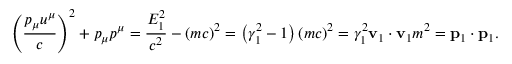
\left( { \frac { p _ { \mu } u ^ { \mu } } { c } } \right) ^ { 2 } + p _ { \mu } p ^ { \mu } = { \frac { E _ { 1 } ^ { 2 } } { c ^ { 2 } } } - ( m c ) ^ { 2 } = \left( \gamma _ { 1 } ^ { 2 } - 1 \right) ( m c ) ^ { 2 } = \gamma _ { 1 } ^ { 2 } { \mathbf { v } _ { 1 } \cdot \mathbf { v } _ { 1 } } m ^ { 2 } = \mathbf { p } _ { 1 } \cdot \mathbf { p } _ { 1 } .